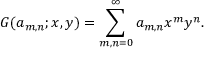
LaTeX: G ( a _ { m , n } ; x , y ) = \sum _ { m , n = 0 } ^ { \infty } a _ { m , n } x ^ { m } y ^ { n } .